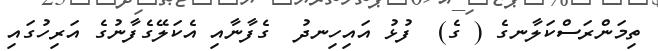
ތިމަންރަސްކަލާނގެ ( ގެ)  ފުޅު އައިހިނދު  ގެފާނާއި އެކަލޭގެފާނުގެ އަރިހުގައި